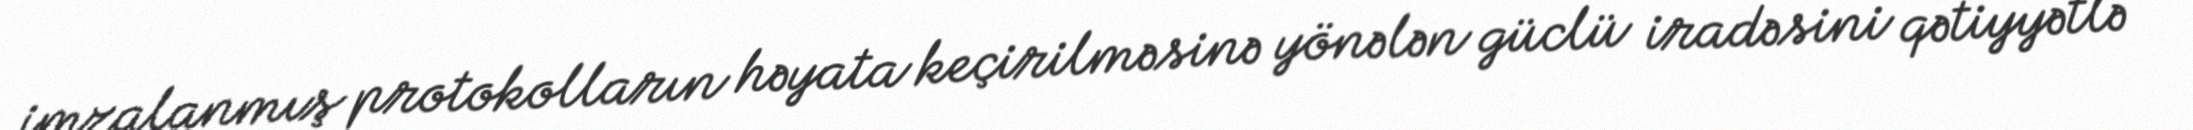
imzalanmış protokolların həyata keçirilməsinə yönələn güclü iradəsini qətiyyətlə